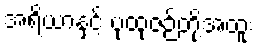
အရိယာနှင့် ပုထုဇဉ်တို့အထူး